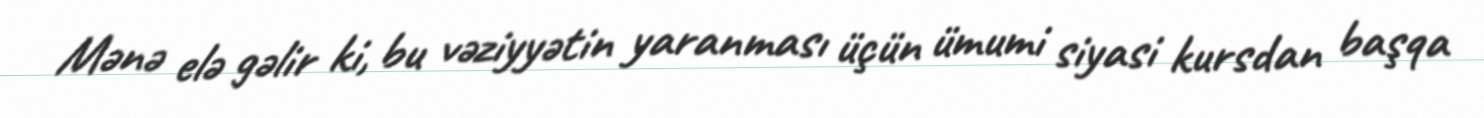
Mənə elə gəlir ki, bu vəziyyətin yaranması üçün ümumi siyasi kursdan başqa